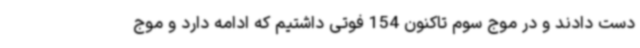
دست دادند و در موج سوم تاکنون 154 فوتی داشتیم که ادامه دارد و موج